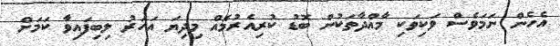
އެހެން ނަމަވެސް ވަކިވަކި މާއްދާތަކުން ބޮޑު ކުރިއެރުމެއް މިދިޔަ އަހަރު ލިބިފައިވާ ކަމަށް